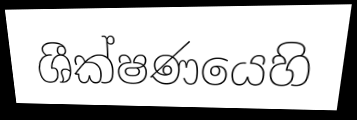
ශීක්ෂණයෙහි